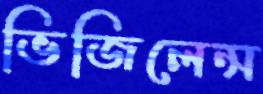
ভিজিলেন্স